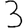
Digit: 3